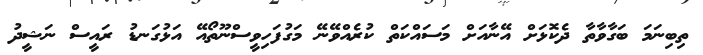
ތިބިނަމަ ބަގާވާތާ ދެކޮޅަށް އޭނާއަށް މަސައްކަތް ކުރެއްވޭނޭ މަގުފަހިވީސްނޫތޯއޭ އަޅުގަނޑު ރައީސް ނަޝީދު